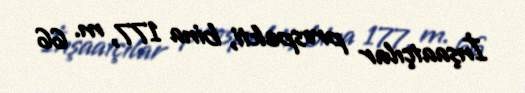
İnşaatçılar prospekti, bina 177, m. 66